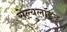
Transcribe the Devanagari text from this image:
सेल्युलॉइड